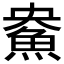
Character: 𲌳